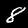
Digit: 8